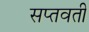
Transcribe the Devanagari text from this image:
सप्तवती